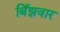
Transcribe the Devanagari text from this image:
बिँझवार